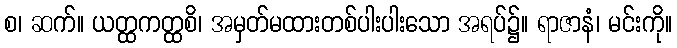
စ၊ ဆက်။ ယတ္ထကတ္ထစိ၊ အမှတ်မထားတစ်ပါးပါးသော အရပ်၌။ ရာဇာနံ၊ မင်းကို။